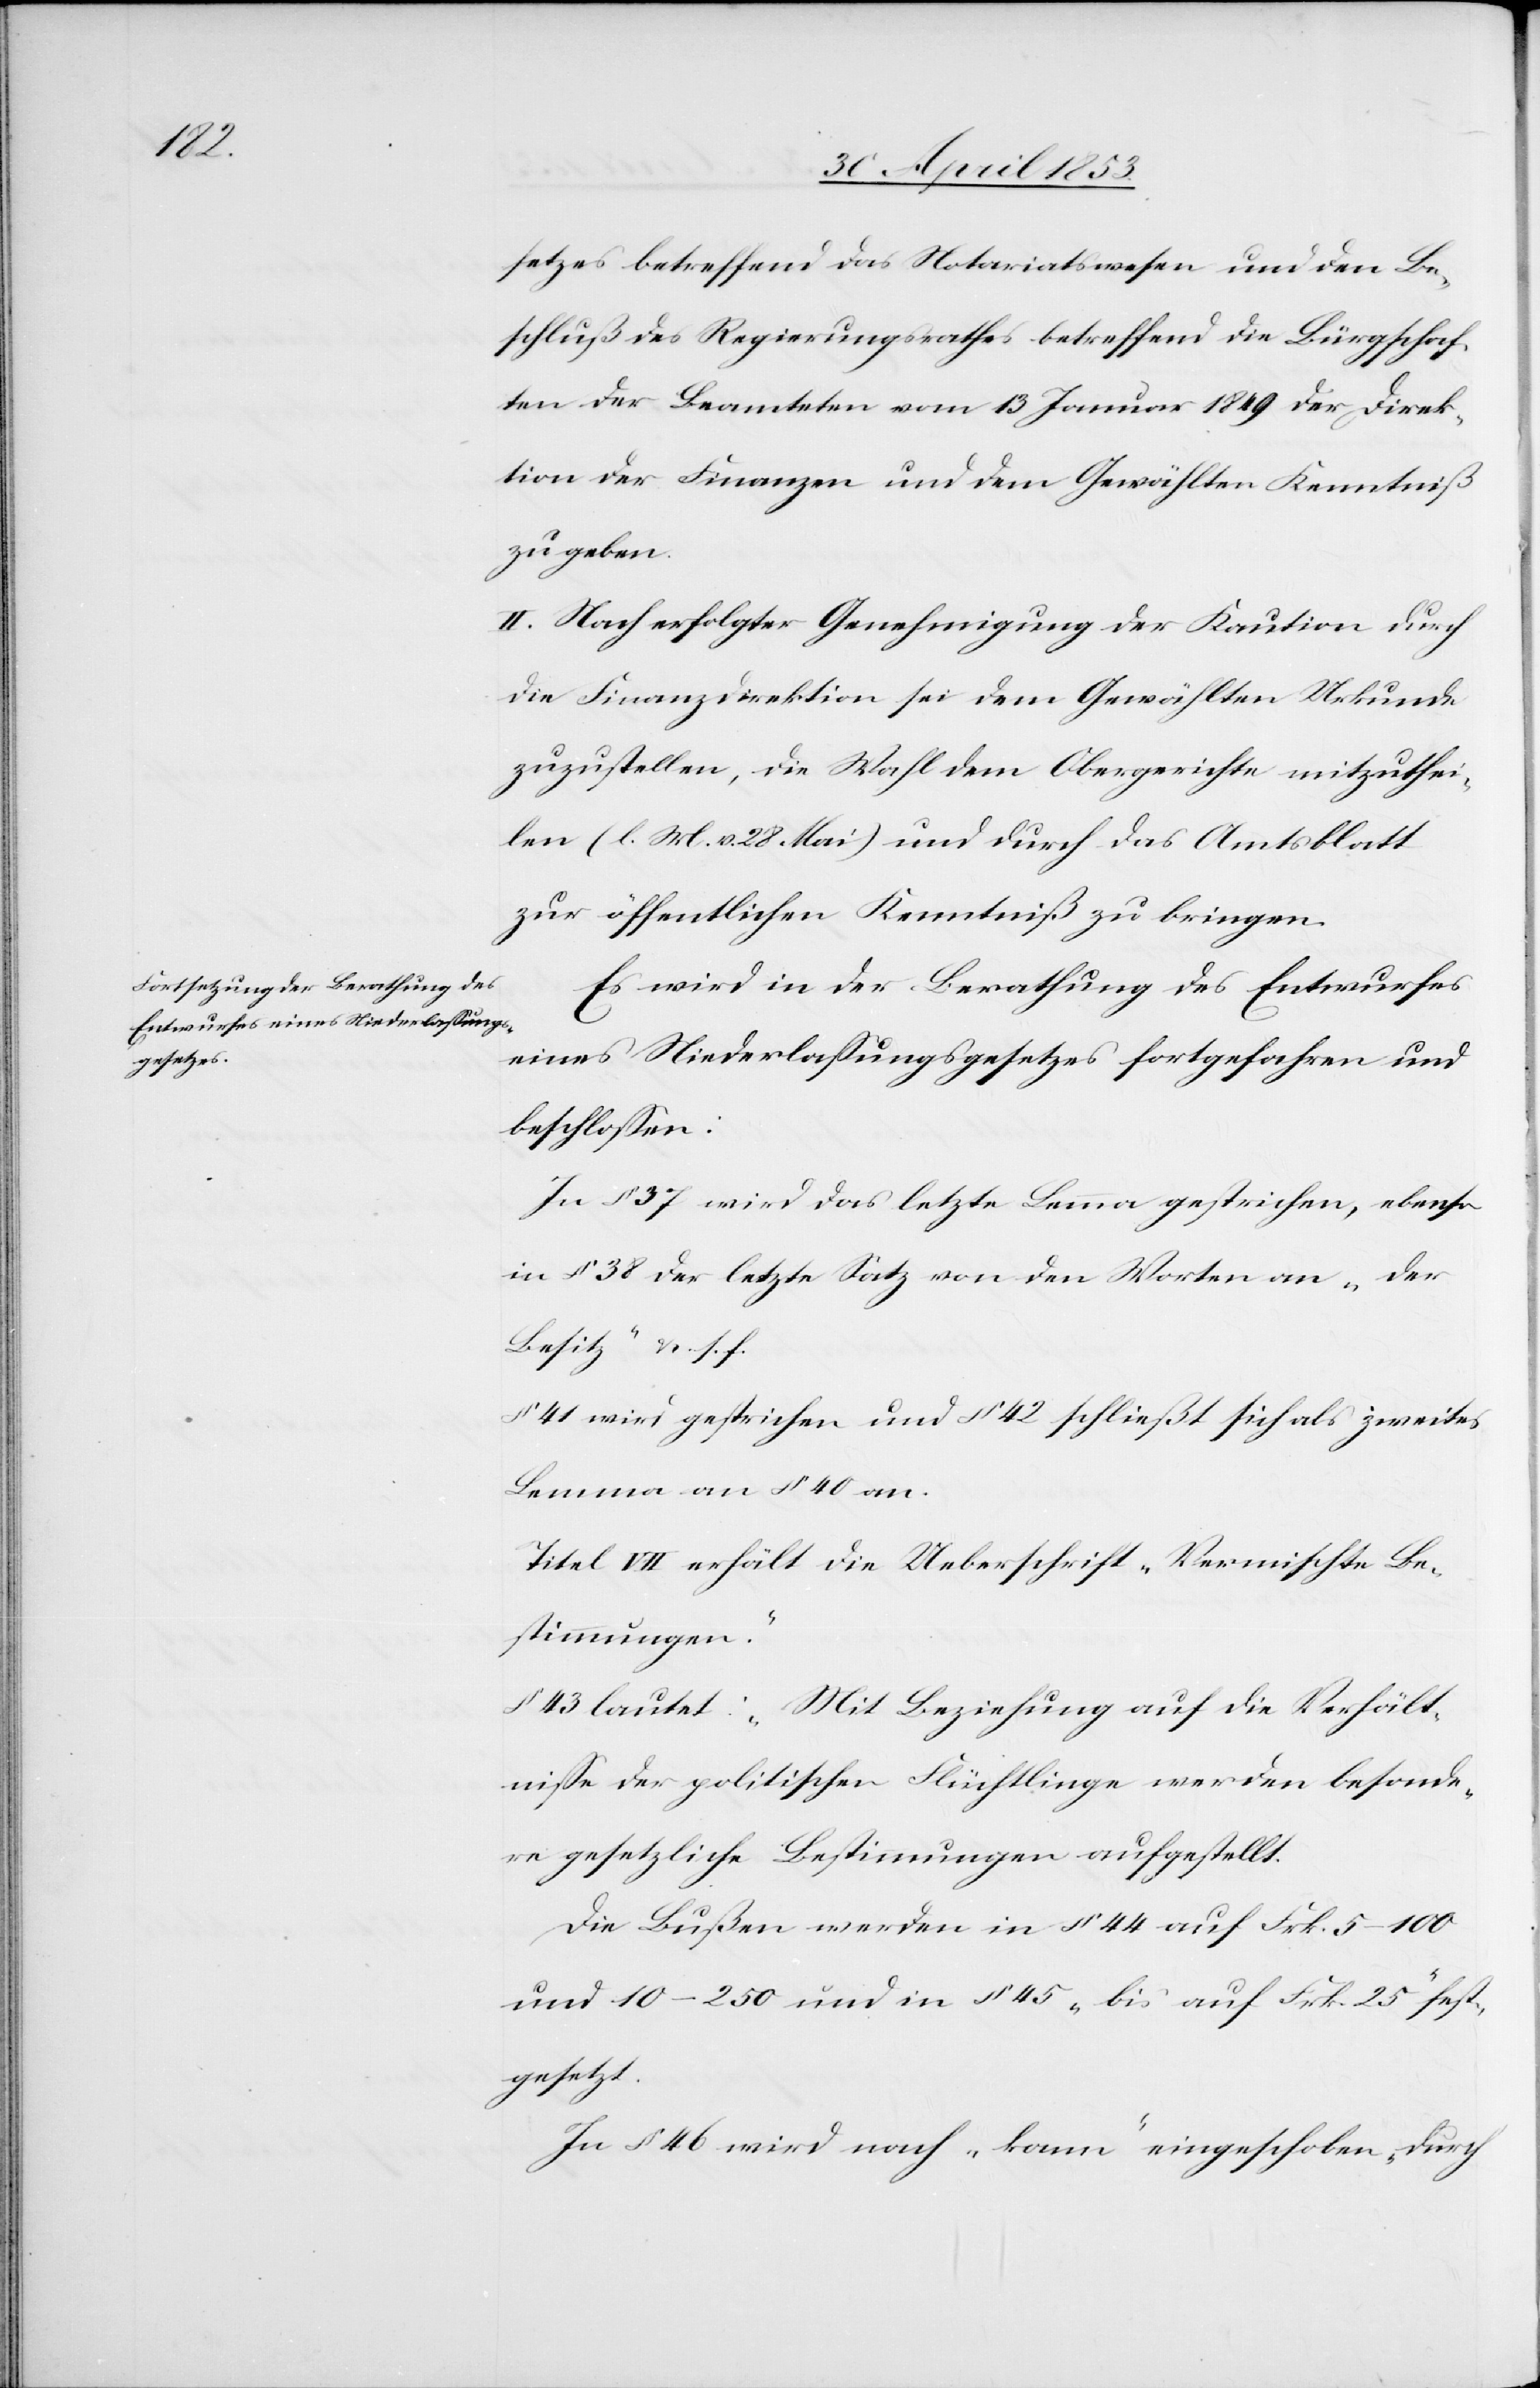
setzes betreffend das Notariatswesen und den Be¬
schluß des Regierungsrathes betreffend die Bürgschaf¬
ten der Beamteten vom 13 Januar 1849 der Direk¬
tion der Finanzen und dem Gewählten Kenntniß
zu geben.
II. Nach erfolgter Genehmigung der Kaution durch
die Finanzdirektion sei dem Gewählten Urkunde
zuzustellen, die Wahl dem Obergerichte mitzuthei¬
len (l. M. v. 28. Mai) und durch das Amtsblatt
zur öffentlichen Kenntniß zu bringen.
Es wird in der Berathung des Entwurfes
eines Niederlaßungsgesetzes fortgefahren und
beschloßen:
In § 37 wird das letzte Lemma gestrichen, ebenso
in § 38 der letzte Satz von den Worten an „der
Besitz“ u. s. f.
§ 41 wird gestrichen und § 42 schließt sich als zweites
Lemma an § 40 an.
Titel VII erhält die Ueberschrift „Vermischte Be¬
stimmungen.“
§ 43 lautet: „Mit Beziehung auf die Verhält¬
niße der politischen Flüchtlinge werden besonde¬
re gesetzliche Bestimmungen aufgestellt.
Die Bußen werden in § 44 auf Frk. 5–100
und 10–250 und in § 45 „bis auf Frk. 25“ fest¬
gesetzt.
In § 46 wird nach „kann“ eingeschoben „durch